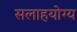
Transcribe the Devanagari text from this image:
सलाहयोग्य